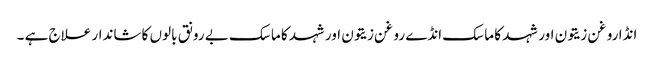
انڈا روغن زیتون اور شہد کا ماسک انڈے روغن زیتون اور شہد کا ماسک بے رونق بالوں کا شاندار علاج ہے ۔